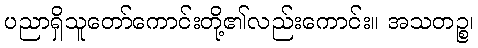
ပညာရှိသူတော်ကောင်းတို့၏လည်းကောင်း။ အသတဉ္စ၊